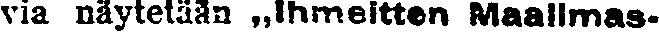
via näytetään „Ihmeitten Maailmas-